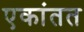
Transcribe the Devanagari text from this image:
एकांतत